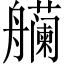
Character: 𫇡